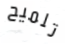
تلميح